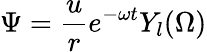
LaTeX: \Psi=\frac{u}{r}e^{-\omega t}Y_{l}(\Omega)